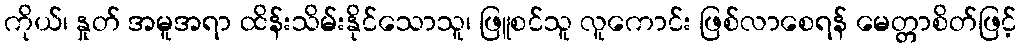
ကိုယ်၊ နှုတ် အမူအရာ ထိန်းသိမ်းနိုင်သောသူ၊ ဖြူစင်သူ လူကောင်း ဖြစ်လာစေရန် မေတ္တာစိတ်ဖြင့်